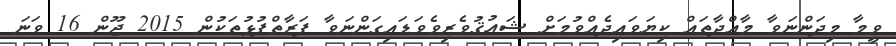
ވީމާ މިދަންނަވާ މާއްދާތައް ކިޔަވައިދެއްވުމަށް ޝައުޤުވެރިވެވަޑައިގަންނަވާ ފަރާތްޕުޅުތަކުން 2015 ޖޫން 16 ވަނަ